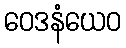
ဝေဒနံယေဝ